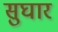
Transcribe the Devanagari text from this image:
सुघार